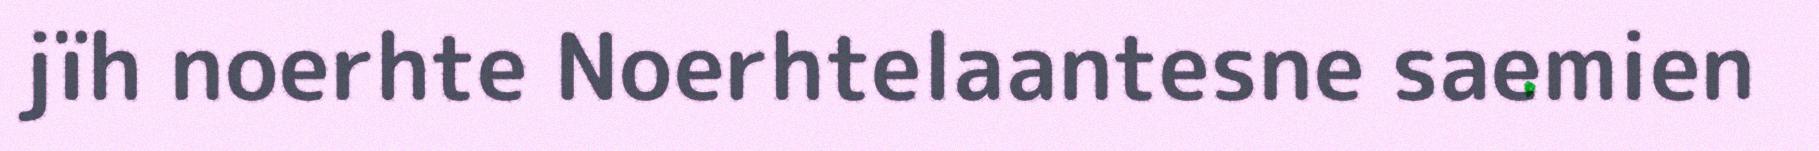
jïh noerhte Noerhtelaantesne saemien